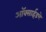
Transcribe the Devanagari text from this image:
ऑक्साईडचे